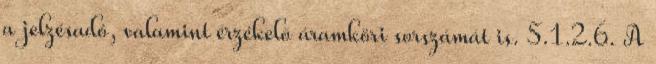
a jelzésadó, valamint érzékelõ áramköri sorszámát is. 5.1.2.6. A